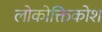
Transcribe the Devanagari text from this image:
लोकोक्तिकोश